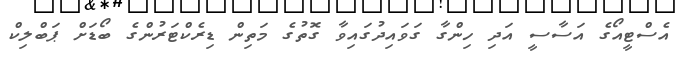
އެސްޓީއޯގެ އަސާސީ އަދި ހިންގާ ގަވައިދުގައިވާ ގޮތުގެ މަތިން ޑިރެކްޓަރުންގެ ބޯޑަށް ޕަބްލިކް